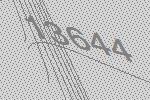
13644